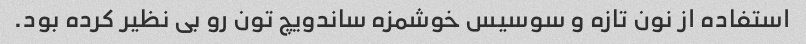
استفاده از نون تازه و سوسیس خوشمزه ساندویچ تون رو بی نظیر کرده بود.